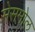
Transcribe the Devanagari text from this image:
सेसमोल